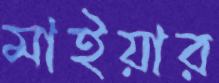
মাইয়ার